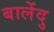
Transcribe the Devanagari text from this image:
बालेंदु